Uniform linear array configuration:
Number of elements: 8
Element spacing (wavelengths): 0.25
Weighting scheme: blackman
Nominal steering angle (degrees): -60
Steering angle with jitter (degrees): -61.858
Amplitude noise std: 0.05
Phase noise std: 0.05

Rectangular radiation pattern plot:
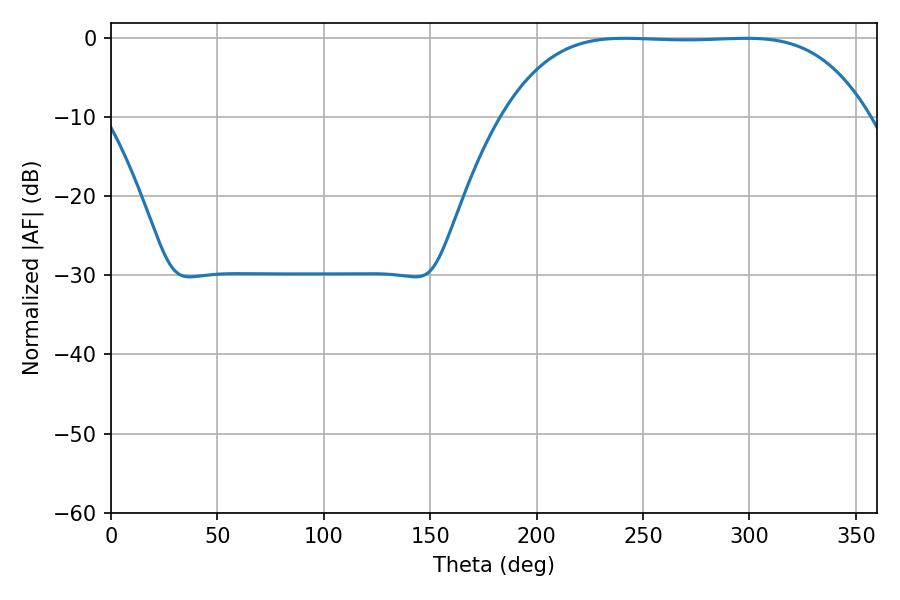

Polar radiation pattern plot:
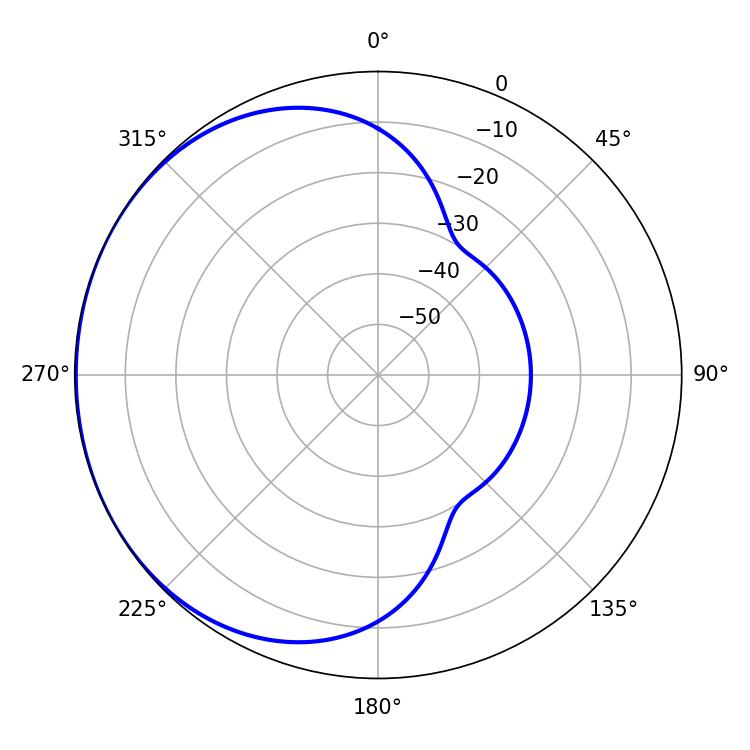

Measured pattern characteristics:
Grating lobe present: FALSE
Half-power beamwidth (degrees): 131.76
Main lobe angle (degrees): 241.38